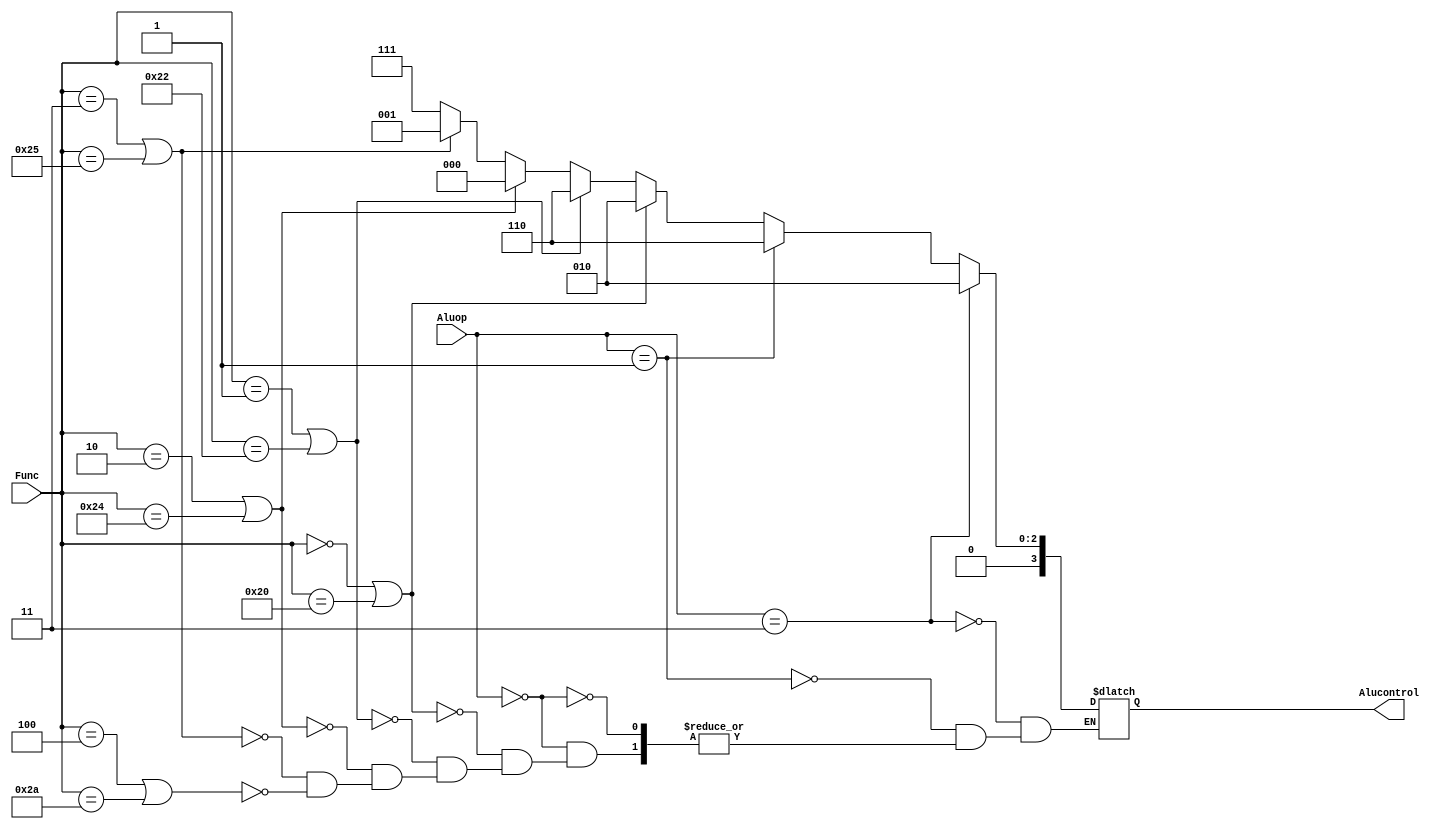
module ALUControl(Func, Aluop, Alucontrol);
	input [1:0] Aluop;
	input [5:0] Func;
	output reg [3:0]  Alucontrol;
	
	always @(*) begin
		
		if(Aluop == 2'b11) begin
			
			Alucontrol <= 4'b0010;
		end else if(Aluop == 2'b01) begin
			
			Alucontrol <= 4'b0110;
		end else if(Aluop == 0) begin
			
			if(Func == 0 || Func == 6'b100000) begin
				
				Alucontrol <= 4'b0010;
			end else 
			if (Func == 1 || Func == 6'b100010) begin
				
				Alucontrol <= 4'b0110;
			end else 
			if (Func == 2 || Func == 6'b100100) begin
				
				Alucontrol <= 4'b0000;
			end else 
			if (Func == 3 || Func == 6'b100101) begin
				
				Alucontrol <= 4'b0001;
			end else 
			if (Func == 4 || Func == 6'b101010) begin
				
				Alucontrol <= 4'b0111;
			end
		end
		
	end
	
endmodule